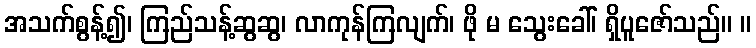
အသက်စွန့်၍၊ ကြည်သန့်ဆွဆွ၊ လာကုန်ကြလျက်၊ ဖို မ သွေးခေါ်၊ ရှိပူဇော်သည်။ ။